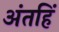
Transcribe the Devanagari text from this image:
अंतहिं